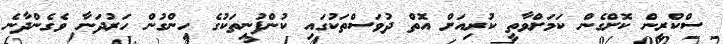
ސްކްރީން ކޮށްގެން ކަމަށްވާތީ ކުރިއަށް އޮތް ދުވަސްތަކުގައި ކުންފުނިތަކުގެ ހިންގުން ހަރުދަނާ ވެގެންދާނެ